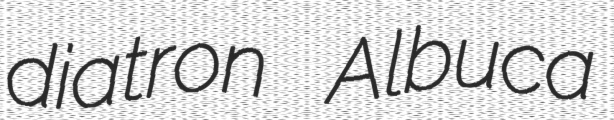
diatron Albuca